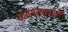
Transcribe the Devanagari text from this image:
द्वव्यलक्ष्मी